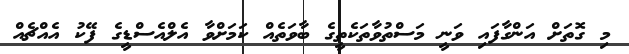
މި ގޮތަށް އަންގާފައި ވަނީ މަސްތުވާތަކެތީގެ ބާވަތެއް ކަމަށްވާ އެލްއެސްޑީގެ ފޭކު އެއްޗެއް